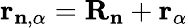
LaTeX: \mathbf{r}_{\mathbf{n},\alpha}=\mathbf{R}_{\mathbf{n}}+\mathbf{r}_{\alpha}